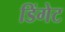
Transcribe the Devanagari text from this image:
डिंगेट